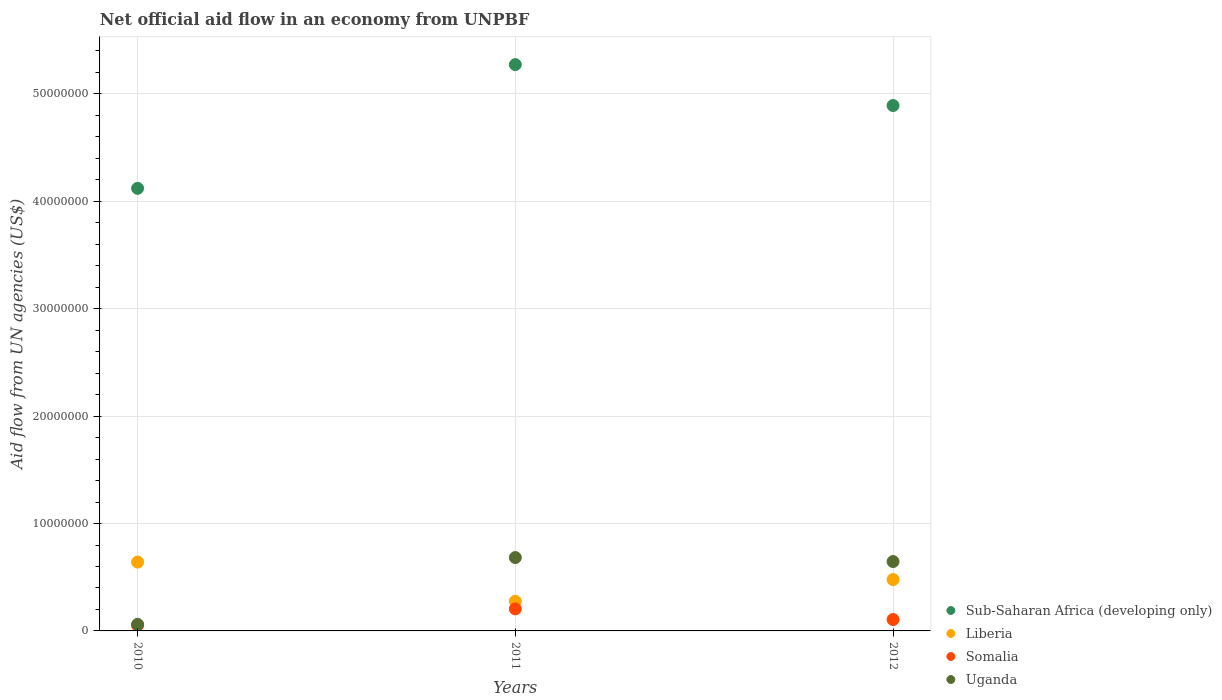
| Years | Sub-Saharan Africa (developing only) | Liberia | Somalia | Uganda |
 | --- | --- | --- | --- | --- |
 | 2010 | 4.12e+07 | 6.41e+06 | 5.1e+05 | 6.1e+05 |
 | 2011 | 5.27e+07 | 2.76e+06 | 2.05e+06 | 6.83e+06 |
 | 2012 | 4.89e+07 | 4.78e+06 | 1.06e+06 | 6.46e+06 |